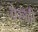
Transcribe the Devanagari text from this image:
वेरुळी